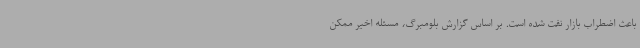
باعث اضطراب بازار نفت شده است. بر اساس گزارش بلومبرگ، مسئله اخیر ممکن